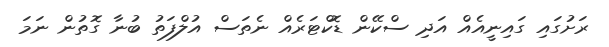
ރަށުގައި ގައިނީއެއް އަދި ސްކޭން ޑޮކްޓަރެއް ނެތަސް އުލްފަތު ބުނާ ގޮތުން ނަމަ